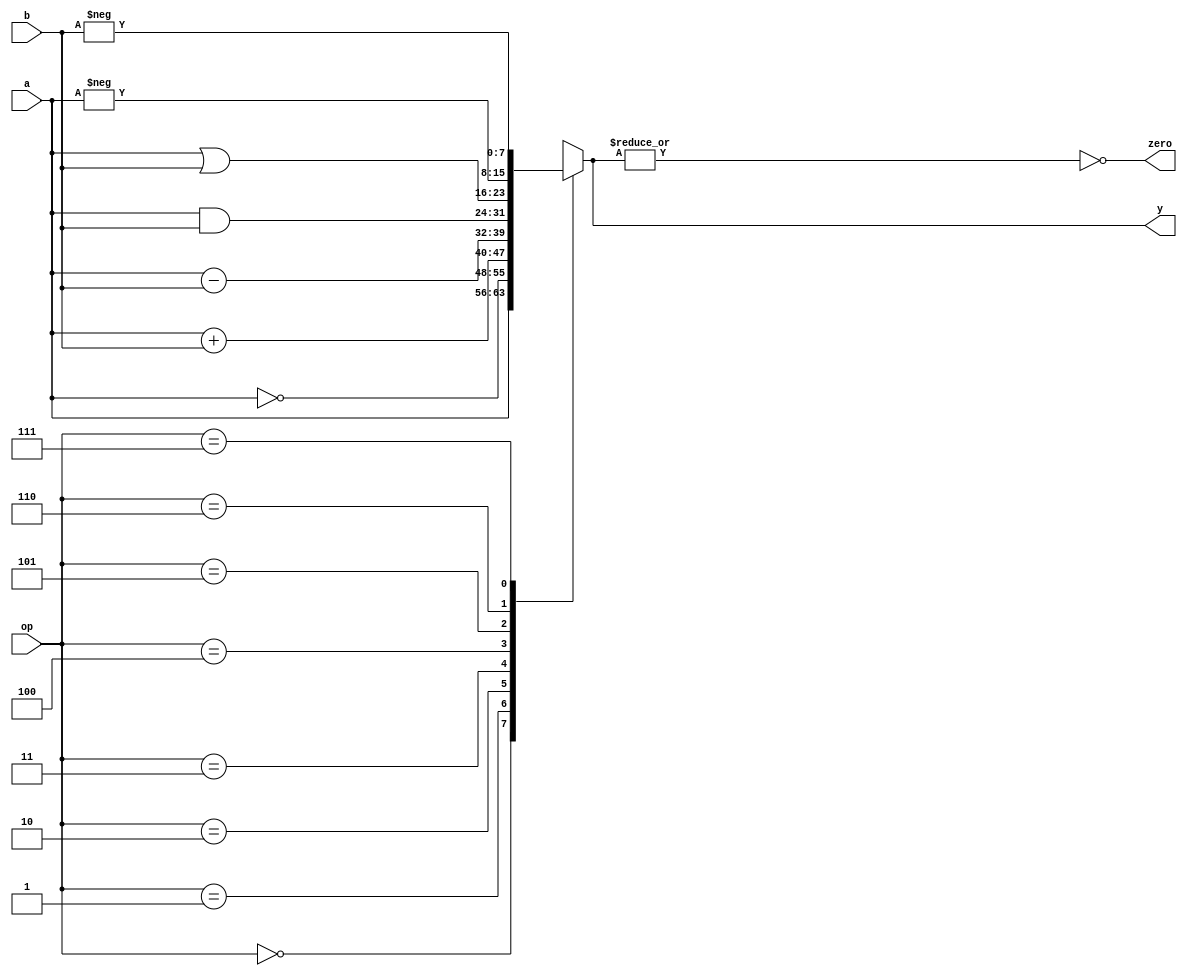
module alu(input wire [7:0] a, b,
           input wire [2:0] op,
           output wire [7:0] y,
           output wire zero);

reg [7:0] s;		   
		   
		   
always @(a, b, op)
begin
  case (op)              
    3'b000: s = a;
    3'b001: s = ~a;
    3'b010: s = a + b;
    3'b011: s = a - b;
    3'b100: s = a & b;
    3'b101: s = a | b;
    3'b110: s = -a;
    3'b111: s = -b;
	default: s = 'bx; //desconocido en cualquier otro caso (x  z), por si se modifica el cdigo
  endcase
end

assign y = s;

//Calculo del flag de cero
assign zero = ~(|y);   //operador de reduccin |y hace la or de los bits del vector 'y' y devuelve 1 bit resultado
		   
endmodule